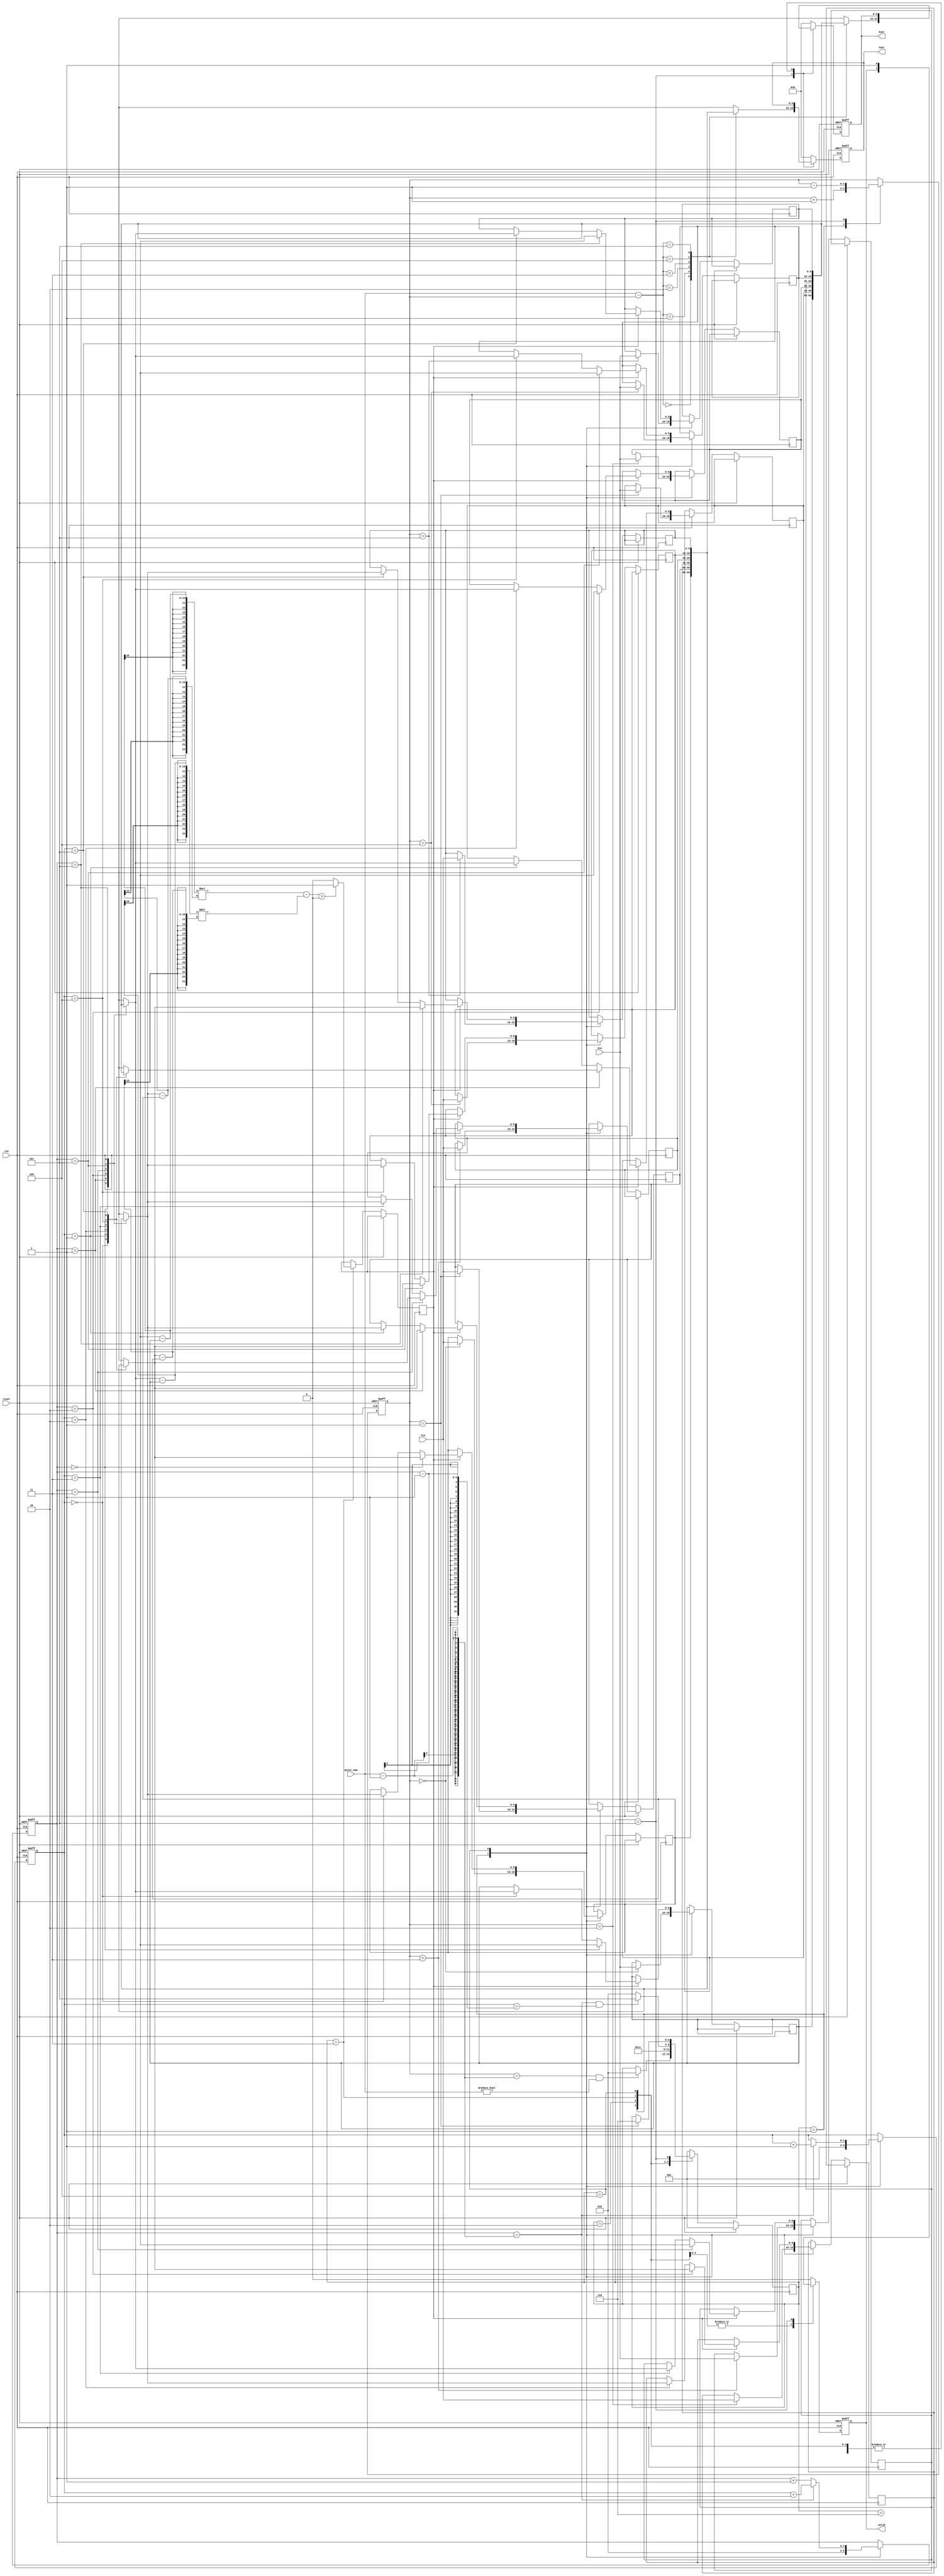
module PSE ( clk,reset,Xin,Yin,point_num,valid,Xout,Yout);
input clk;
input reset;
input [9:0] Xin;
input [9:0] Yin;
input [2:0] point_num;
output valid;
output [9:0] Xout;
output [9:0] Yout;

reg [9:0] point_x [5:0];
reg [9:0] point_y [5:0];
reg [9:0] Xout;
reg [9:0] Yout;
reg [2:0] point_cnt;
reg valid;
reg[2:0] state;

reg[2:0] index_ref,index_comp;
reg need_swap;

parameter Input1 = 3'd1;
parameter cal = 3'd2;
parameter cal_comp = 3'd3;
parameter swap = 3'd4;
parameter Out = 3'd5;
parameter Last_out = 3'd6;

wire signed [24:0] product;
assign product =    ((point_x[index_ref] - point_x[0]) * (point_y[index_comp] - point_y[0])) - 
                    ((point_x[index_comp] - point_x[0]) * (point_y[index_ref] - point_y[0]));


always@(posedge clk or posedge reset)begin
    if(reset)begin
        Xout <= 10'd0;
        Yout <= 10'd0;
        valid <= 0;
        point_cnt <= 0;
        index_comp <= 2;
        index_ref <= 1;
    end
    else begin
        case(state)
            Input1: begin
                valid <= 0;
                point_x[point_cnt] <= Xin;
                point_y[point_cnt] <= Yin;
                point_cnt <= point_cnt + 1;
                index_comp <= 2;
                index_ref <= 1;
            end

            cal :;

            cal_comp:begin
                if(product > 0) need_swap <= 1'b1;
                else need_swap <= 1'b0;
            end

            swap: begin
                if(need_swap) begin
                    point_x[index_ref] <= point_x[index_comp];
                    point_y[index_ref] <= point_y[index_comp];
                    point_x[index_comp] <= point_x[index_ref];
                    point_y[index_comp] <= point_y[index_ref];
                end
                if(index_comp == point_num - 1) begin
                    index_ref <= index_ref + 1;
                    index_comp <= index_ref + 2;
                end
                else index_comp <= index_comp + 1;
            end

            Out: begin
                valid <= 1;
                Xout <= point_x[point_num - point_cnt];
                Yout <= point_y[point_num - point_cnt];
                point_cnt <= point_cnt - 1;
            end
            Last_out: begin
                valid <= 0;
            end
            default begin
                valid <= 0;
                Xout <= 0;
                Yout <= 0;
            end
        endcase
    end
end


always@(posedge clk)begin
    if(reset) state <= Input1;
    else begin
        case(state)
            Input1:begin
                if((point_cnt == point_num - 1) && (point_num != 0)) state <= cal;
                else state <= state;
            end 

            cal : state <= cal_comp;
            cal_comp: state <= swap;
            swap: begin
                if((index_comp == point_num - 1) && (index_ref == index_comp - 1))begin//all sort
                    state <= Out;
                end
                else state <= cal;
            end

            Out: begin
                if(point_cnt == 1) state <= Last_out;
                else state <= state;
            end
            Last_out: begin
                state <= Input1;
            end
            default: state <= Input1;
        endcase
    end
end

endmodule